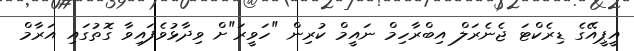
އީޕީއޭގެ ޑިރެކްޓަ ޖެނެރަލް އިބްރާހިމް ނައީމް ކުރިން "ހަވީރަ"ށް ވިދާޅުވެފައިވާ ގޮތުގައި އަރާމް